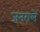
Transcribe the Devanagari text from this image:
जनराले